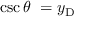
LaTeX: \csc \theta \ = y _ { \mathrm { D } } \quad